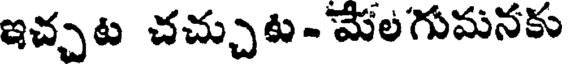
ఇచ్చట చచ్చుట - మేలగుమనకు